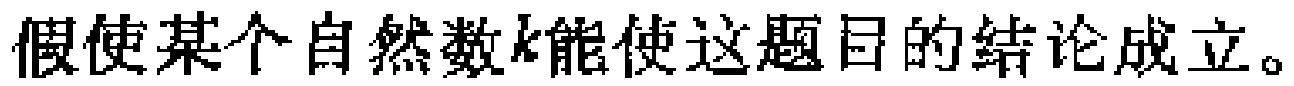
假使某个自然数\(k\)能使这题目的结论成立。